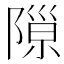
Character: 𨻩